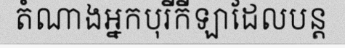
តំណាងអ្នកបុរីកីឡាដែលបន្ត